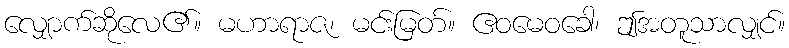
လျှောက်ဆိုလေ၏။ မဟာရာဇ၊ မင်းမြတ်။ ဧဝမေဝခေါ၊ ဤအတူသာလျှင်။